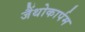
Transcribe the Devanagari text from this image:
जैंथोकार्पम